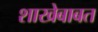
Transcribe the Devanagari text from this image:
शाखेबाबत